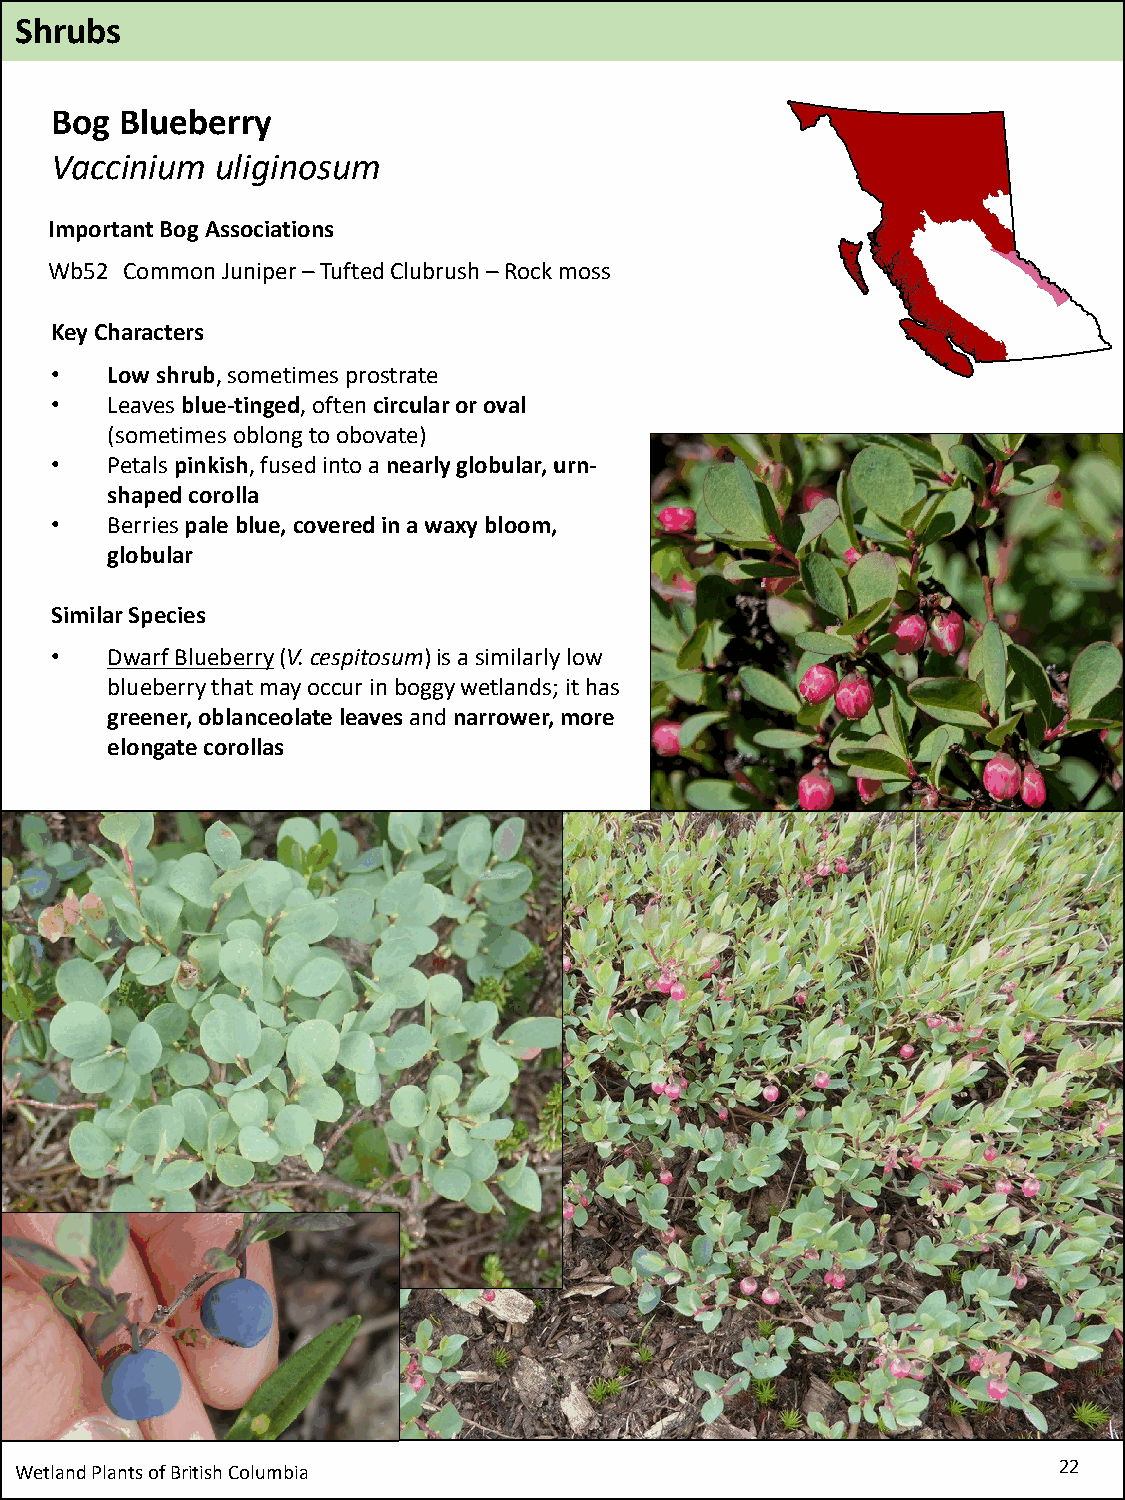
Shrubs
 Bog  Blueberry
 Vaccinium  uliginosum
 Important Bog Associations
 Wb52 Common Juniper –Tufted Clubrush–Rock moss
 Key Characters
 •   Low shrub, sometimes prostrate
 •   Leaves blue-tinged, often circular or oval
 (sometimes oblong to obovate)
 •   Petals pinkish, fused into a nearly globular, urn-
 shaped corolla
 •   Berries pale blue, covered in a waxy bloom,
 globular
 Similar Species
 •   Dwarf Blueberry(V. cespitosum) is a similarly low
 blueberry that may occur in boggy wetlands; it has
 greener, oblanceolate leaves and narrower, more
 elongate corollas
 Wetland Plants of British Columbia                                   22